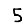
Digit: 5